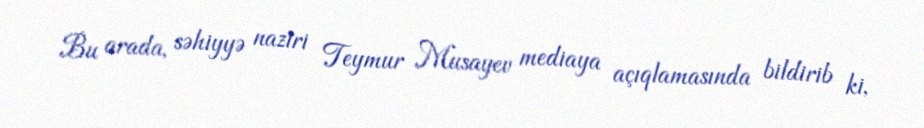
Bu arada, səhiyyə naziri Teymur Musayev mediaya açıqlamasında bildirib ki,